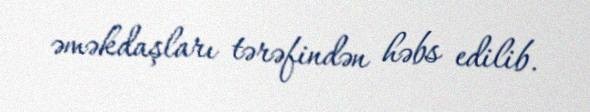
əməkdaşları tərəfindən həbs edilib.